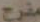
مفرح